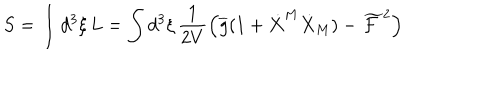
S = \int d ^ { 3 } \xi \, L = \int d ^ { 3 } \xi \, \frac { 1 } { 2 V } \left( \overline { { { g } } } ( 1 + \dot { X } ^ { M } \dot { X } _ { M } ) - \widetilde { \mathcal { F } } ^ { 2 } \right)